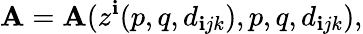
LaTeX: \mathbf{A}=\mathbf{A}(z^{\mathbf{i}}(p,q,d_{\mathbf{i}jk}),p,q,d_{\mathbf{i}jk}),